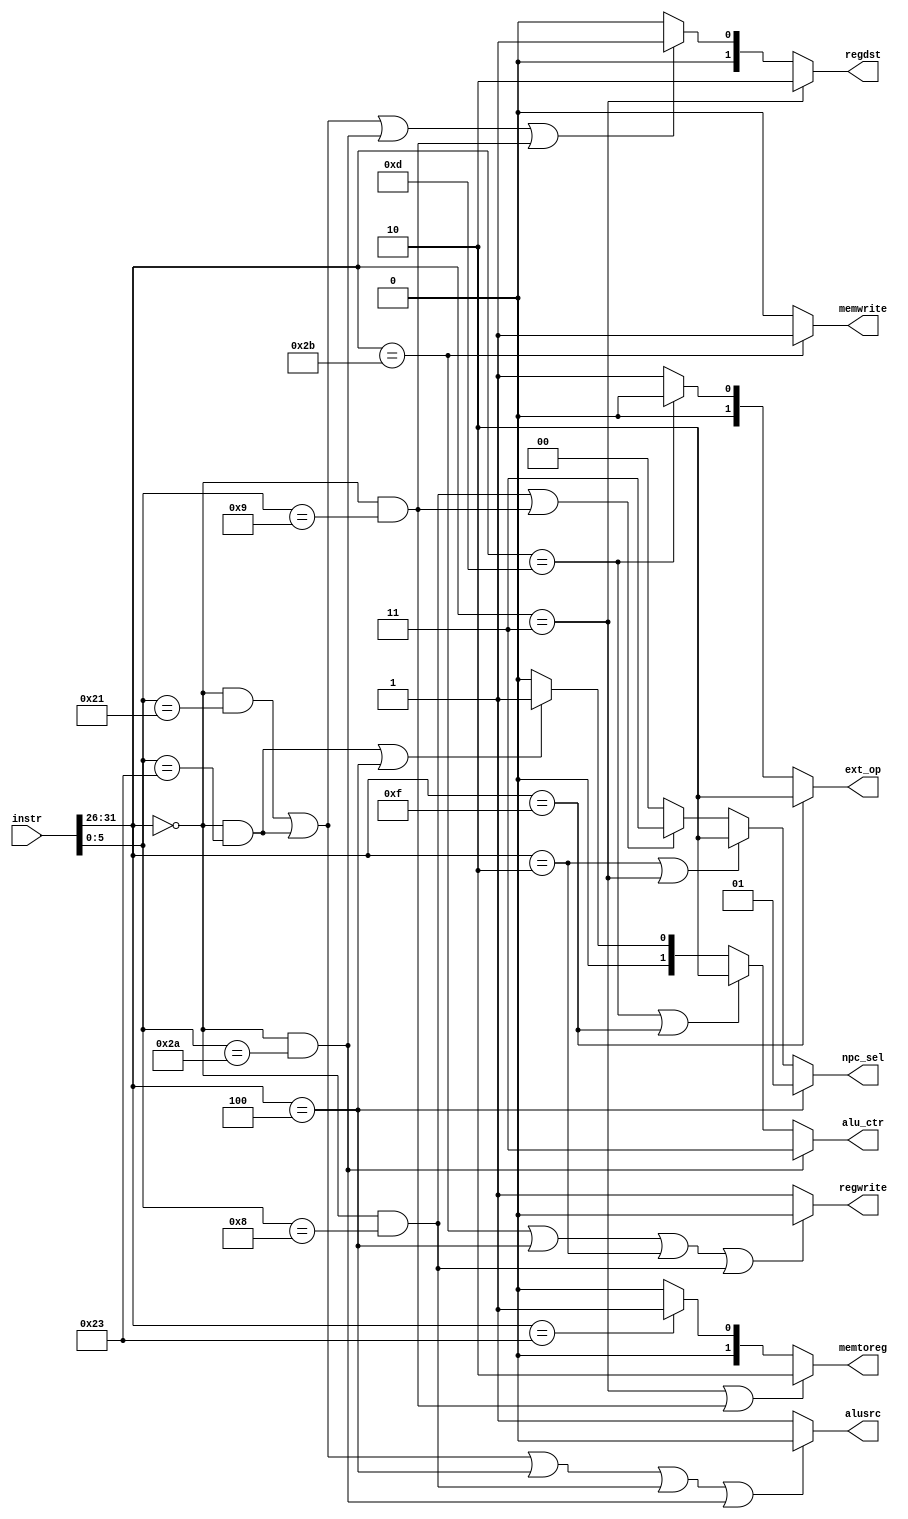
module ctrl(instr,regdst,alusrc,memtoreg,memwrite,regwrite,npc_sel,ext_op,alu_ctr);
    input  [31:0] instr ;                        
    output        alusrc ,  regwrite , memwrite;
    output [1:0]  memtoreg ,regdst , ext_op ,npc_sel , alu_ctr; 
    wire   [5:0]  opcode , funct , rt , hint  ; 
    assign  opcode = instr[31:26];
    assign  funct  = instr[5:0];
    assign  hint   = instr[10:6];
    assign  rt     = instr[20:16];
    
    /*instruction decode*/
    wire addu = (opcode == 6'h00) & (funct == 6'h21); // addu
    wire subu = (opcode == 6'h00) & (funct == 6'h23); // subu
    wire jr   = (opcode == 6'h00) & (funct == 6'h08); // jr
    wire slt  = (opcode == 6'h00) & (funct == 6'h2a); // slt
    wire addi = (opcode == 6'h08);                    // addi
    wire addiu= (opcode == 6'h09);                    // addiu
    wire ori  = (opcode == 6'h0d);                    // ori
    wire lw   = (opcode == 6'h23);                    // lw
    wire sw   = (opcode == 6'h2b);                    // sw
    wire beq  = (opcode == 6'h04);                    // beq
    wire lui  = (opcode == 6'h0f);                    // lui
    wire j    = (opcode == 6'h02);                    // j
    wire jal  = (opcode == 6'h03);                    // jal
    wire jalr = (opcode == 6'h00) & (funct == 6'h09); //jalr 
    
    /*output control signal*/
    assign  regdst      = jal               ? 2'b10 :
                          (addu||subu||slt||jalr) ? 2'b01 : /*new jalr*/
                                              2'b00 ;
    assign  alusrc      = (addu||subu||beq||jr||slt) ? 0 :
                                                       1 ;
    assign  memtoreg    = (jal||jalr) ? 2'b10 :             /*new jalr*/
                          lw  ? 2'b01 :
                                2'b00 ;
    assign  regwrite    = (sw||beq||j||jr) ? 0 :
                                             1 ; /*new jalr*/
    assign  npc_sel     = beq       ? 2'b01 :
                          (j||jal)  ? 2'b10 :
                          (jr||jalr)        ? 2'b11 :  /*new jalr*/
                                      2'b00 ;
    assign  memwrite    = sw ? 1 :
                               0 ;
    assign  ext_op      = lui ? 2'b10 :
                          ori ? 2'b00 :
                                2'b01 ;
    assign  alu_ctr     = (slt)       ? 2'b11 :
                          (ori||lui)  ? 2'b10 :
                          (subu||beq) ? 2'b01 :
                                        3'b00 ;
endmodule